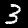
Digit: 3